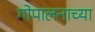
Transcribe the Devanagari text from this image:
गोपालनाच्या